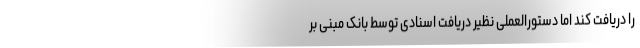
را دریافت کند اما دستورالعملی نظیر دریافت اسنادی توسط بانک مبنی بر